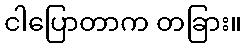
ငါပြောတာက တခြား။